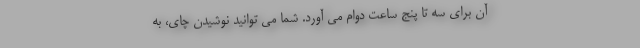
آن برای سه تا پنج ساعت دوام می آورد. شما می توانید نوشیدن چای، به